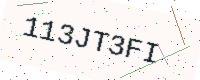
Text: 113JT3FI